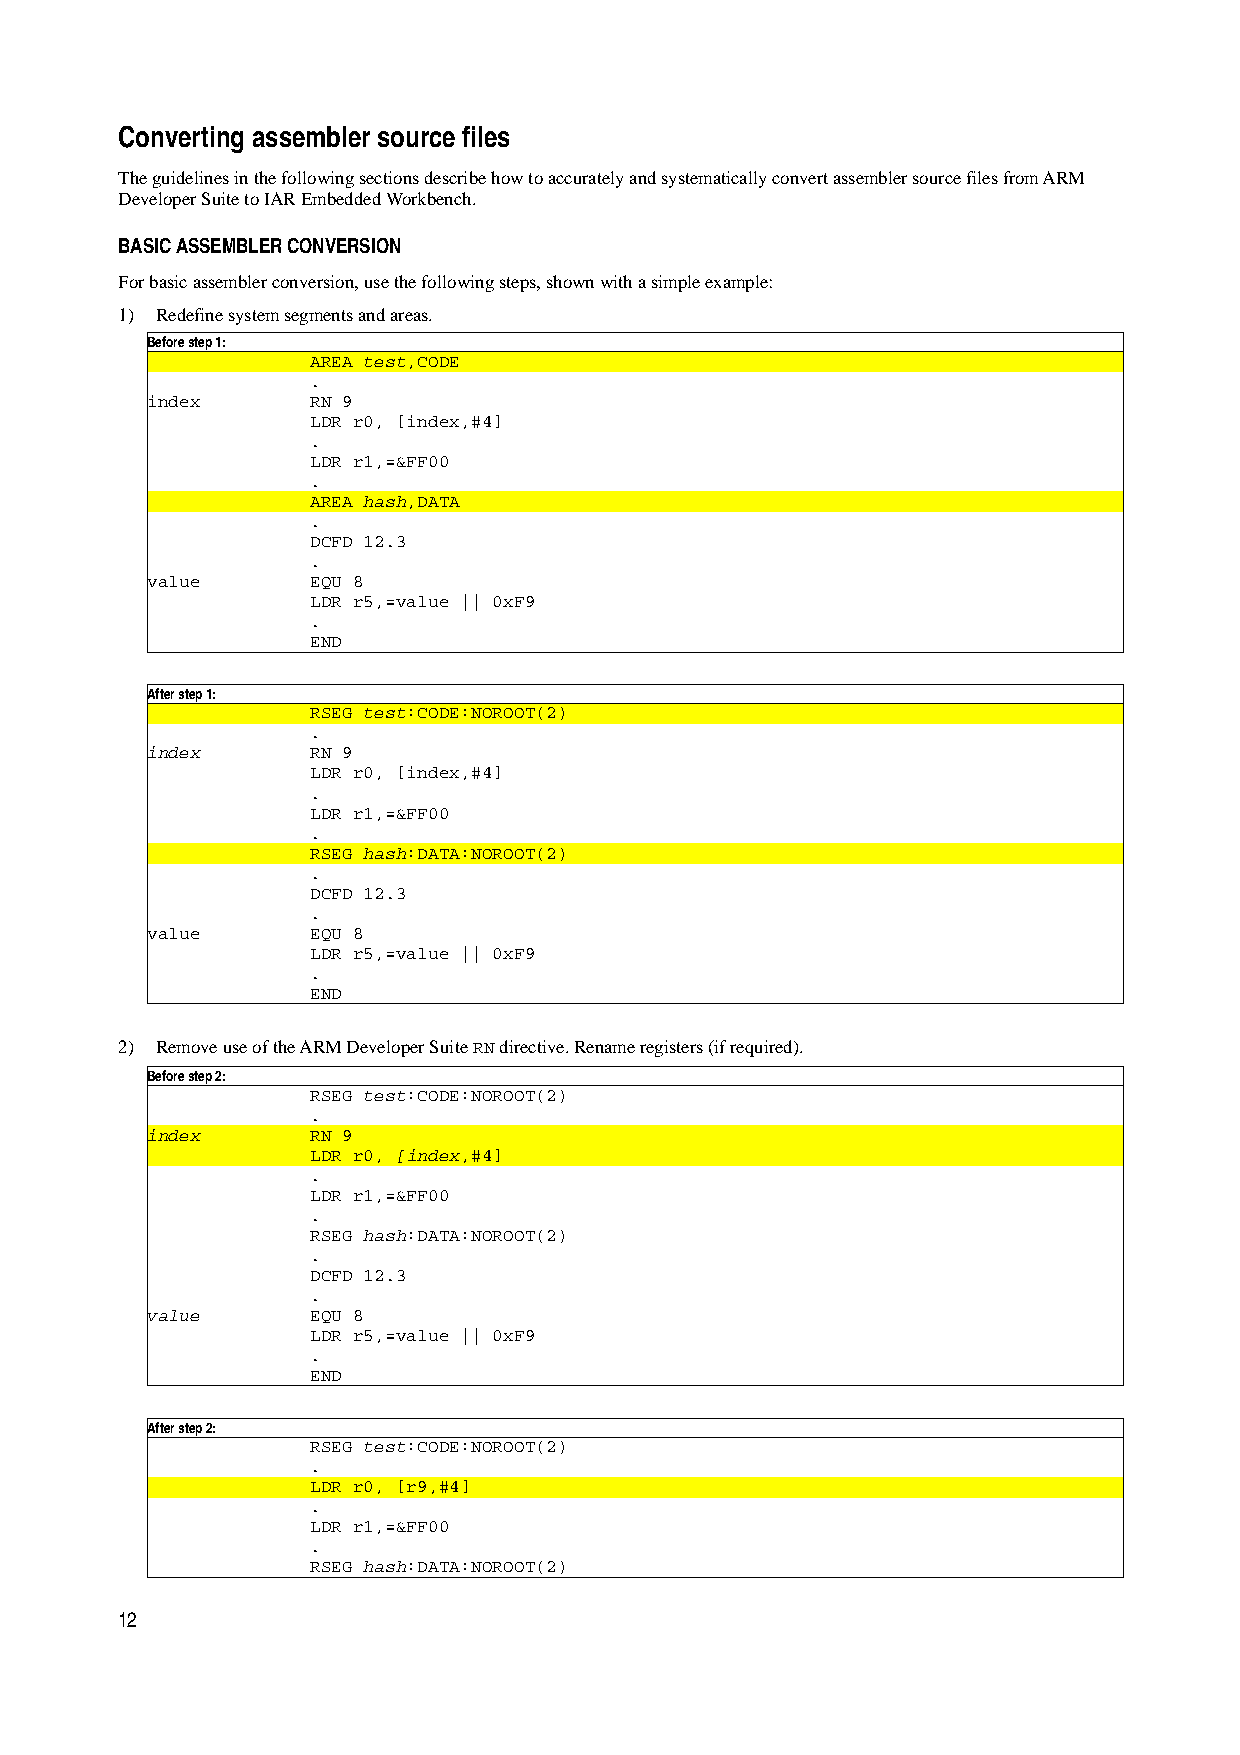
Converting assembler source files
 The guidelines in the following sections describe how to accurately and systematically convert assembler source files from ARM
 Developer Suite to IAR Embedded Workbench.
 BASIC ASSEMBLER CONVERSION
 For basic assembler conversion, use the following steps, shown with a simple example:
 1) Redefine system segments and areas.
 Before step 1:
 AREA test,CODE
 .
 index     RN 9
 LDR r0, [index,#4]
 .
 LDR r1,=&FF00
 .
 AREA hash,DATA
 .
 DCFD 12.3
 .
 value     EQU 8
 LDR r5,=value || 0xF9
 .
 END
 After step 1:
 RSEG test:CODE:NOROOT(2)
 .
 index     RN 9
 LDR r0, [index,#4]
 .
 LDR r1,=&FF00
 .
 RSEG hash:DATA:NOROOT(2)
 .
 DCFD 12.3
 .
 value     EQU 8
 LDR r5,=value || 0xF9
 .
 END
 2) Remove use of the ARM Developer Suite RN directive. Rename registers (if required).
 Before step 2:
 RSEG test:CODE:NOROOT(2)
 .
 index     RN 9
 LDR r0, [index,#4]
 .
 LDR r1,=&FF00
 .
 RSEG hash:DATA:NOROOT(2)
 .
 DCFD 12.3
 .
 value     EQU 8
 LDR r5,=value || 0xF9
 .
 END
 After step 2:
 RSEG test:CODE:NOROOT(2)
 .
 LDR r0, [r9,#4]
 .
 LDR r1,=&FF00
 .
 RSEG hash:DATA:NOROOT(2)
 12